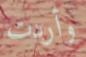
وأردت